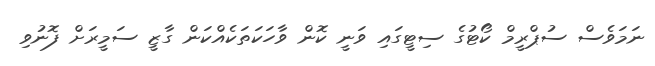
ނަމަވެސް ސުޕްރީމް ކޯޓުގެ ސިޓީގައި ވަނީ ކޮން ވާހަކަތަކެއްކަން ގާޒީ ސަމީރަށް ފޮނުވި